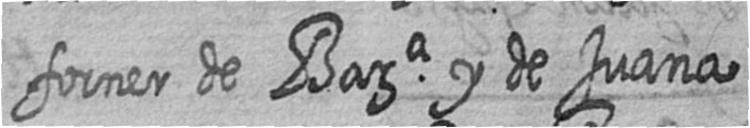
forner de Bara y de Juana